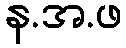
န.အ.ဖ